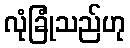
လုံခြုံသည်ဟု